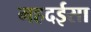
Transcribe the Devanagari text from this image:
महदईसा